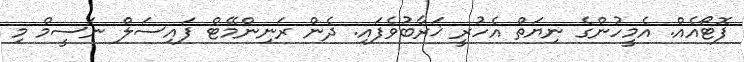
ފޮޓޯއެއް. އެމީހުންގެ ނިޔަތް އެހުރީ ޚަރާބުވެފައި. ދެން ރަނިންމޭޓް ފައިސަލް ނަސީމް މި